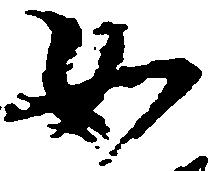
如